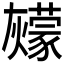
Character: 𰟶